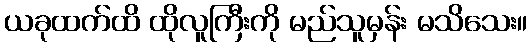
ယခုထက်ထိ ထိုလူကြီးကို မည်သူမှန်း မသိသေး။